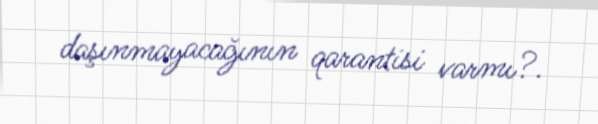
daşınmayacağının qarantisi varmı?.